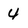
Character: 4